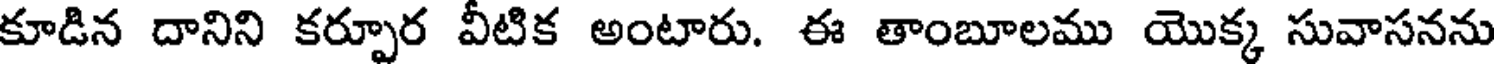
కూడిన దానిని కర్పూర వీటిక అంటారు. ఈ తాంబూలము యొక్క సువాసనను